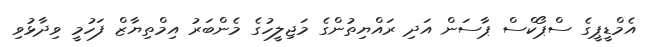
އެމްޑީޕީގެ ސްޕޯކްސް ޕާސަން އަދި ރައްޔިތުންގެ މަޖިލީހުގެ މެންބަރު އިމްތިޔާޒް ފަހުމީ ވިދާޅުވި